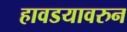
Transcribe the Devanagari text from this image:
हावडयावरुन